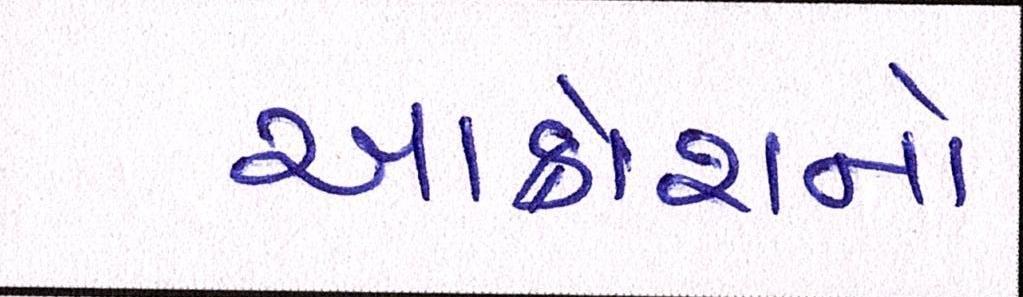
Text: આક્રોશનો